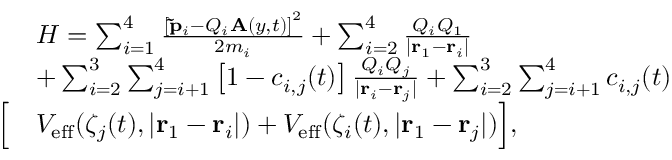
\begin{array} { r l } & { H = \sum _ { i = 1 } ^ { 4 } \frac { \left[ \mathbf { \tilde { p } } _ { i } - Q _ { i } \mathbf { A } ( y , t ) \right] ^ { 2 } } { 2 m _ { i } } + \sum _ { i = 2 } ^ { 4 } \frac { Q _ { i } Q _ { 1 } } { | \mathbf { r } _ { 1 } - \mathbf { r } _ { i } | } } \\ & { + \sum _ { i = 2 } ^ { 3 } \sum _ { j = i + 1 } ^ { 4 } \left[ 1 - c _ { i , j } ( t ) \right] \frac { Q _ { i } Q _ { j } } { | \mathbf { r } _ { i } - \mathbf { r } _ { j } | } + \sum _ { i = 2 } ^ { 3 } \sum _ { j = i + 1 } ^ { 4 } c _ { i , j } ( t ) } \\ { \Big [ } & { V _ { \mathrm { e f f } } ( \zeta _ { j } ( t ) , | \mathbf { r } _ { 1 } - \mathbf { r } _ { i } | ) + V _ { \mathrm { e f f } } ( \zeta _ { i } ( t ) , | \mathbf { r } _ { 1 } - \mathbf { r } _ { j } | ) \Big ] , } \end{array}